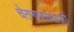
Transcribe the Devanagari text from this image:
चेतनावस्थाओं